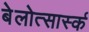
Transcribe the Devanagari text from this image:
बेलोत्सार्स्क